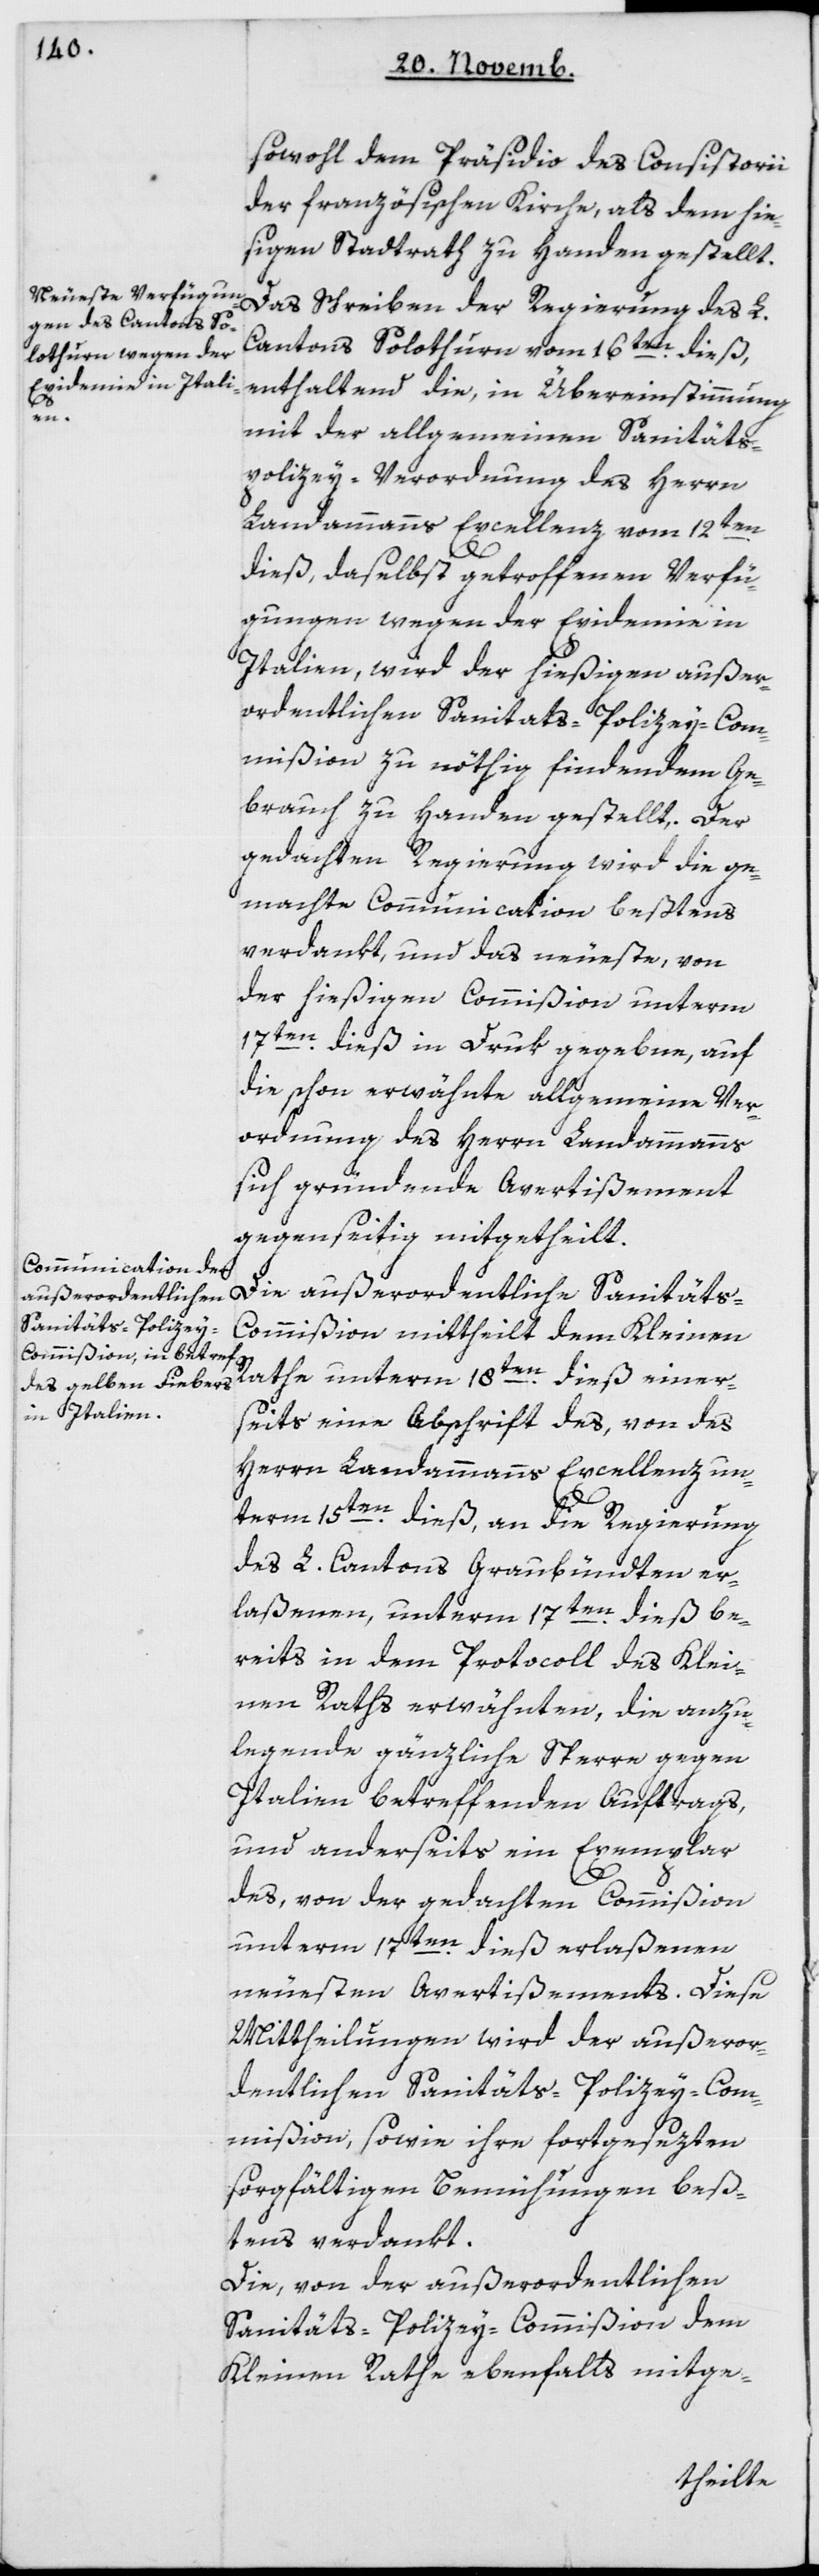
sowohl dem Präsidio des Consistorii
der französischen Kirche, als dem hie¬
ßigen Stadtrath zu Handen gestellt.
Das Schreiben der Regierung des L.
Cantons Solothurn vom 16ten dieß,
enthaltend die, in Übereinstimmung
mit der allgemeinen Sanitäts¬
polizey-Verordnung des Herrn
Landammanns Excellenz vom 12ten
dieß, daselbst getroffenen Verfü¬
gungen wegen der Epidemie in
Italien, wird der hießigen außer¬
ordentlichen Sanitäts-Polizey-Com¬
mißion zu nöthig findendem Ge¬
brauch zu Handen gestellt. Der
gedachten Regierung wird die ge¬
machte Communication beßtens
verdankt, und das Neueste, von
der hießigen Commißion unterm
17ten dieß in Druk gegebene, auf
die schon erwähnte allgemeine Ver¬
ordnung des Herrn Landammanns
sich gründende Avertißement
gegenseitig mitgetheilt.
Die außerordentliche Sanitäts-C¬
ommißion mittheilt dem Kleinen
Rathe unterm 18ten dieß einer¬
seits eine Abschrift des, von des
Herrn Landammanns Excellenz un¬
term 15ten dieß an die Regierung
des L. Cantons Graubündten er¬
laßenen, unterm 17ten dieß be¬
reits in dem Protocoll des Klei¬
nen Raths erwähnten, die anzu¬
legende gänzliche Sperre gegen
Italien betreffenden Auftrags,
und anderseits ein Exemplar
des, von der gedachten Commißion
unterm 17ten dieß erlaßenen
neuesten Avertißements. Diese
Mittheilungen wird der außeror¬
dentlichen Sanitäts-Polizey-Com¬
mißion, sowie ihre fortgesetzten
sorgfältigen Bemühungen, beß¬
tens verdankt.
Die von der außerordentlichen
Sanitäts-Polizey-Commißion dem
Kleinen Rathe ebenfalls mitge-